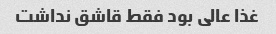
غذا عالی بود فقط قاشق نداشت